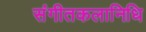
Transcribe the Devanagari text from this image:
संगीतकलानिधि